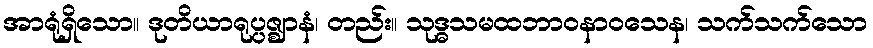
အာရုံရှိသော။ ဒုတိယာရုပ္ပဇ္ဈာနံ၊ တည်း။ သုဒ္ဓသမထဘာဝနာဝသေန၊ သက်သက်သော